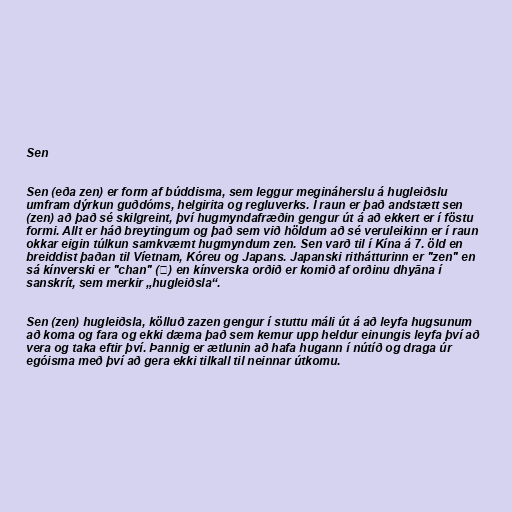
Sen

Sen (eða zen) er form af búddisma, sem leggur megináherslu á hugleiðslu
umfram dýrkun guðdóms, helgirita og regluverks. Í raun er það andstætt sen
(zen) að það sé skilgreint, því hugmyndafræðin gengur út á að ekkert er í föstu
formi. Allt er háð breytingum og það sem við höldum að sé veruleikinn er í raun
okkar eigin túlkun samkvæmt hugmyndum zen. Sen varð til í Kína á 7. öld en
breiddist þaðan til Víetnam, Kóreu og Japans. Japanski rithátturinn er "zen" en
sá kínverski er "chan" (禪) en kínverska orðið er komið af orðinu dhyāna í
sanskrít, sem merkir „hugleiðsla“.

Sen (zen) hugleiðsla, kölluð zazen gengur í stuttu máli út á að leyfa hugsunum
að koma og fara og ekki dæma það sem kemur upp heldur einungis leyfa því að
vera og taka eftir því. Þannig er ætlunin að hafa hugann í nútíð og draga úr
egóisma með því að gera ekki tilkall til neinnar útkomu.